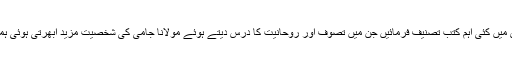
آپ نے صنف شاعری میں کئی اہم کتب تصنیف فرمائیں جن میں تصوف اور روحانیت کا درس دیتے ہوئے مولانا جامی کی شخصیت مزید اُبھرتی ہوئی ہمارے سامنے آتی ہے۔